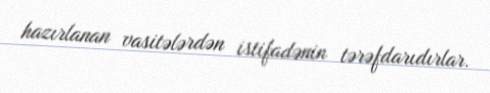
hazırlanan vasitələrdən istifadənin tərəfdarıdırlar.